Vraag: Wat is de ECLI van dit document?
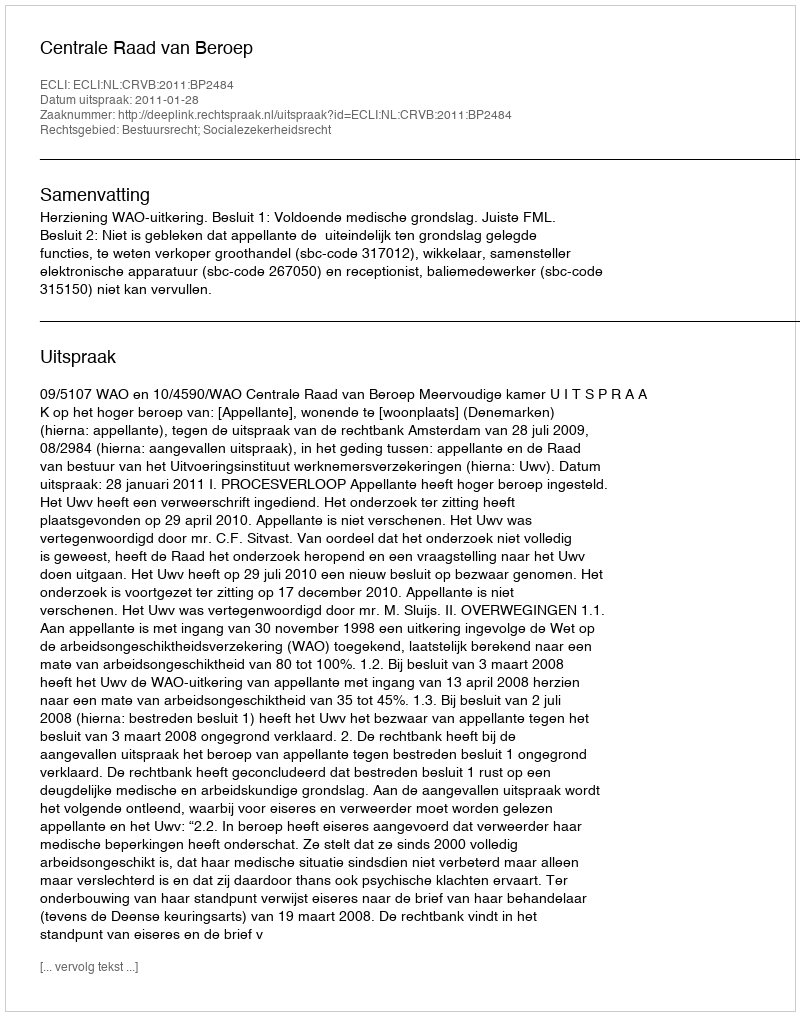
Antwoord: ECLI:NL:CRVB:2011:BP2484